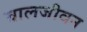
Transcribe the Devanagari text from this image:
बालजीवन